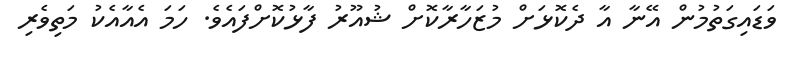
ވަޑައިގަތުމުން އޭނާ އާ ދެކޮޅަށް މުޒަހާރާކޮށް ޝުއޫރު ފާޅުކޮށްފައެވެ. ހަމަ އެއާއެކު މަތިވެރި